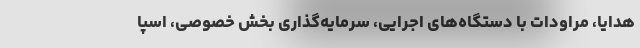
هدایا، مراودات با دستگاه‌های اجرایی، سرمایه‌گذاری بخش خصوصی، اسپا